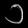
Digit: ၁